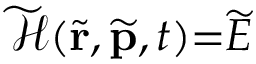
\widetilde { \mathcal { H } } ( \widetilde { \mathbf { r } } , \widetilde { \mathbf { p } } , t ) { = } \widetilde { E }